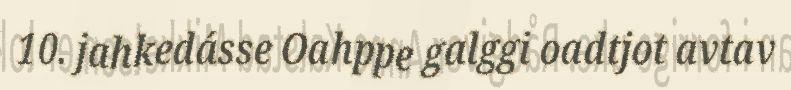
10. jahkedásse Oahppe galggi oadtjot avtav